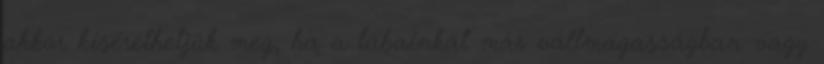
akkor kísérelhetjük meg, ha a lábainkat már vállmagasságban vagy